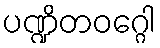
ပဏ္ဍိတဝဂ္ဂေါ